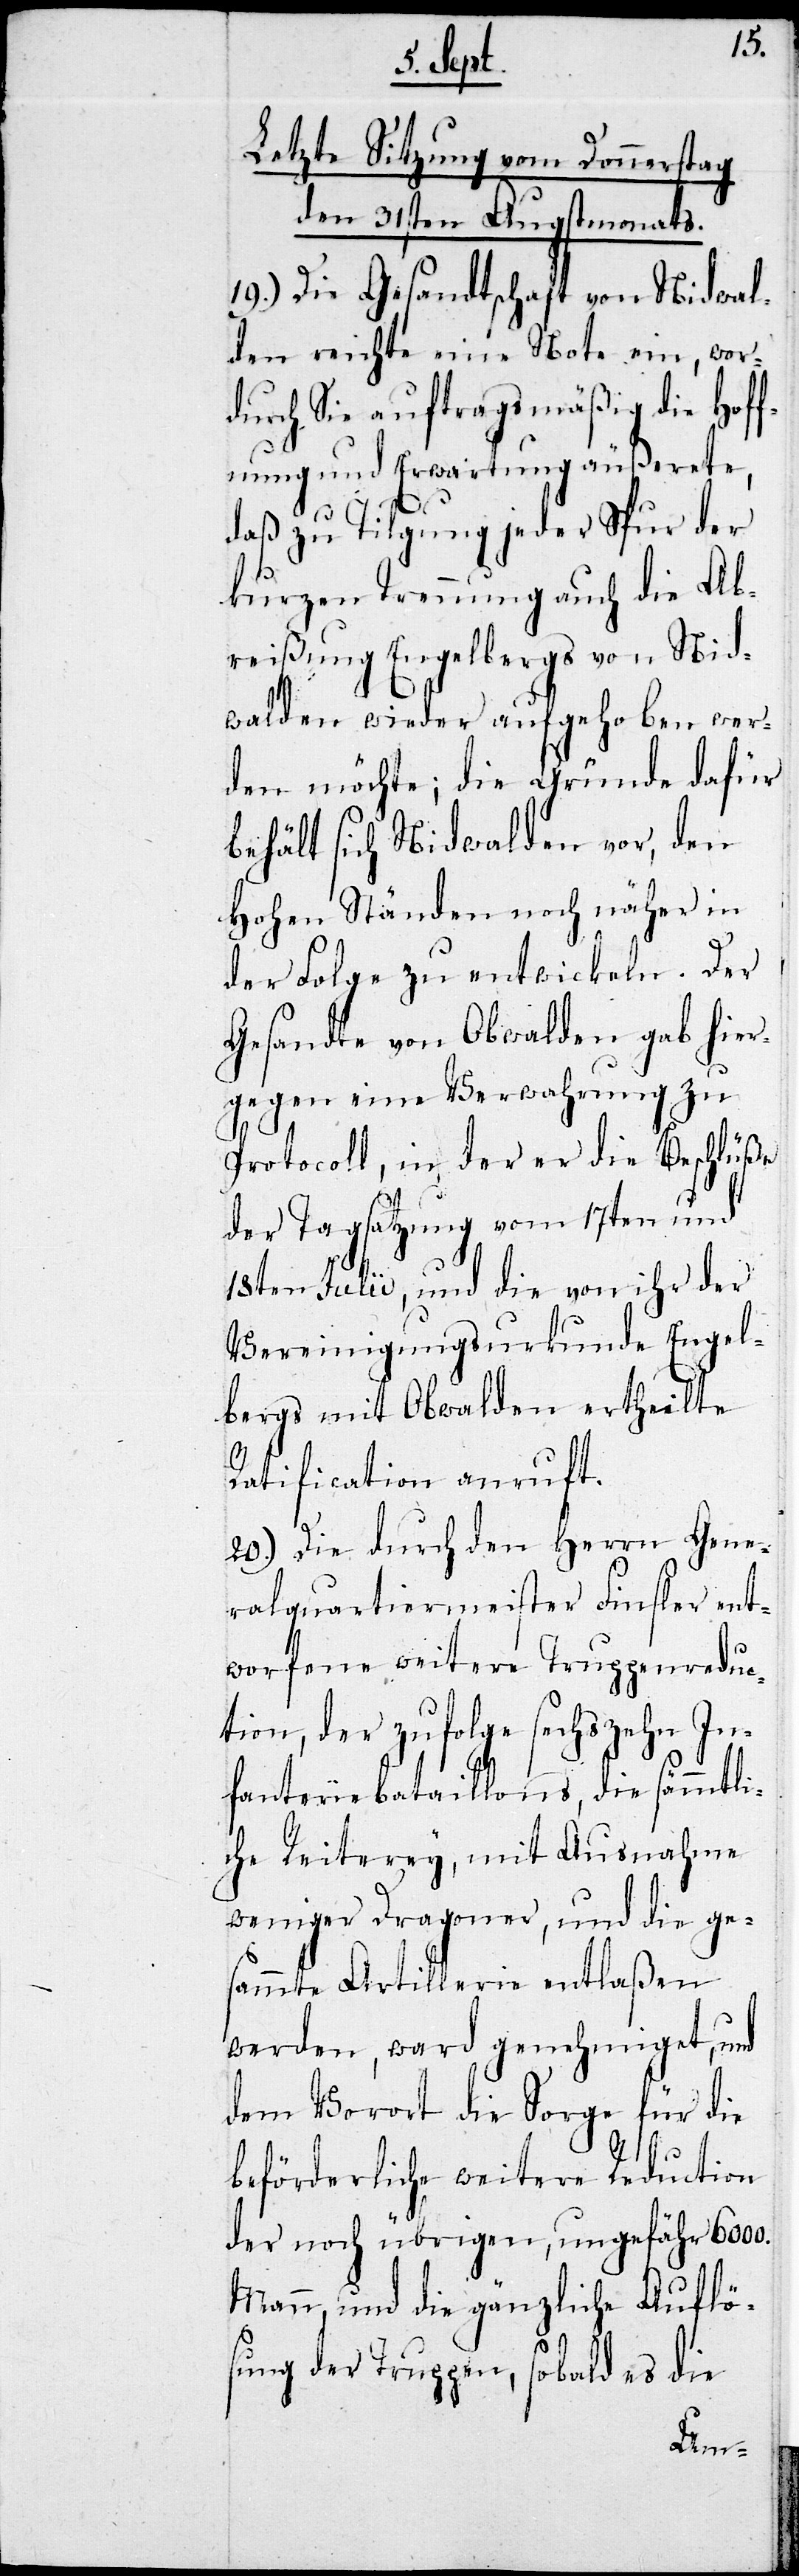
Letzte Sitzung vom Donnerstag
den 31sten Augstmonats.
19.) Die Gesandtschaft von Nidwal¬
den reichte eine Note ein, wor¬
durch Sie auftragsmäßig die Hoff¬
nung und Erwartung äußerete,
daß zu Tilgung jeder Spur der
kurzen Trennung auch die Ab¬
reißung Engelbergs von Nid¬
walden wieder aufgehoben wer¬
den möchte; die Gründe dafür
behält sich Nidwalden vor, den
Hohen Ständen noch näher in
der Folge zu entwickeln. Der
Gesandte von Obwalden gab hier¬
gegen eine Verwahrung zu
Protocoll, in der er die Beschlüße
der Tagsatzung vom 17ten und
18ten Julii, und die von ihr der
Vereinigungsurkunde Engel¬
bergs mit Obwalden ertheilte
Ratification anruft.
20.) Die durch den Herrn Gene¬
ralquartiermeister Finsler ent¬
worfene weitere Truppenreduc¬
tion, der zufolge sechszehn In¬
fanteriebataillons, die sämmtli¬
che Reiterey, mit Ausnahme
weniger Dragoner, und die ge¬
sammte Artillerie entlaßen
werden, ward genehmiget, und
dem Vorort die Sorge für die
beförderliche weitere Reduction
der noch übrigen, ungefähr 6000.
Mann, und die gänzliche Auflös¬
ung der Truppen, sobald es die